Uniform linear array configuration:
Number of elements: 12
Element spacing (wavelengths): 1
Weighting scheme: exponential
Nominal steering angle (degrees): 60
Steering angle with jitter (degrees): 58.562
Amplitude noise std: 0.05
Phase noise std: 0.05

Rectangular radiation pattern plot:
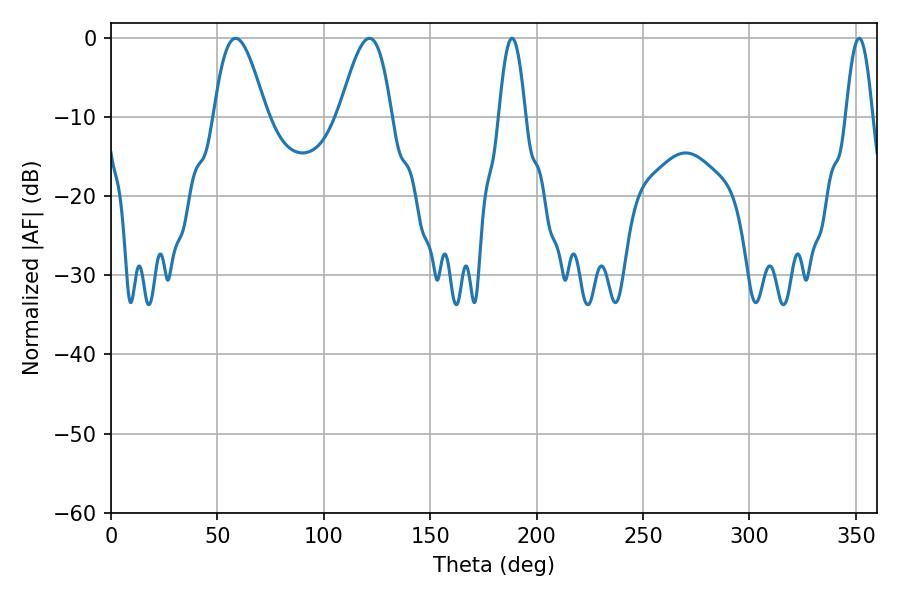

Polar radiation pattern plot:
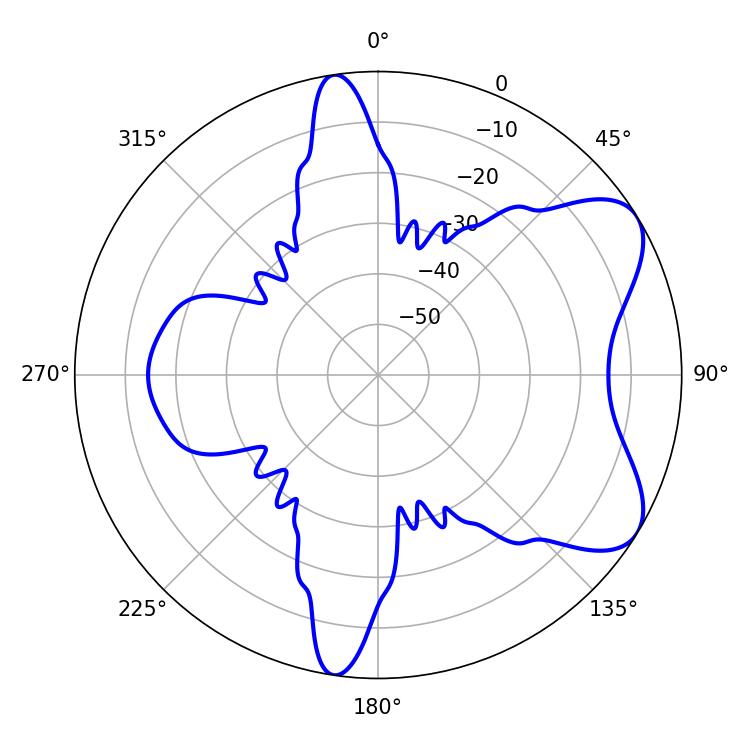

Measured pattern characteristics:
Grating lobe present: TRUE
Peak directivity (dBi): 6.921
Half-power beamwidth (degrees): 6.84
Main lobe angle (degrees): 188.46